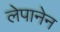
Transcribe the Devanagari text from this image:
लेपानेन